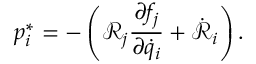
p _ { i } ^ { * } = - \left( \mathcal { R } _ { j } \frac { \partial f _ { j } } { \partial \dot { q } _ { i } } + \dot { \mathcal { R } } _ { i } \right) .